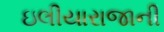
ઇલીયારાજાની